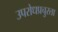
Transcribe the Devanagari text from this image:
उपरोधप्रचुरता